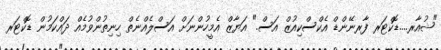
"ޝުއާރ....ޑޮކްޓަރ ފާރނޭންޑް އެކްސްކިއުޒް އަސް." އަޔާޒް އެމީހުންނަށް އަސްލެއްނެތް ހިނިތުންވުމެއް ދައްކަމުން ޑޮކްޓަރ